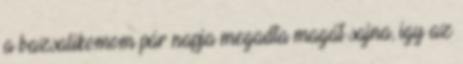
a bazsalikomom pár napja megadta magát sajna, így az